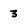
Character: 3